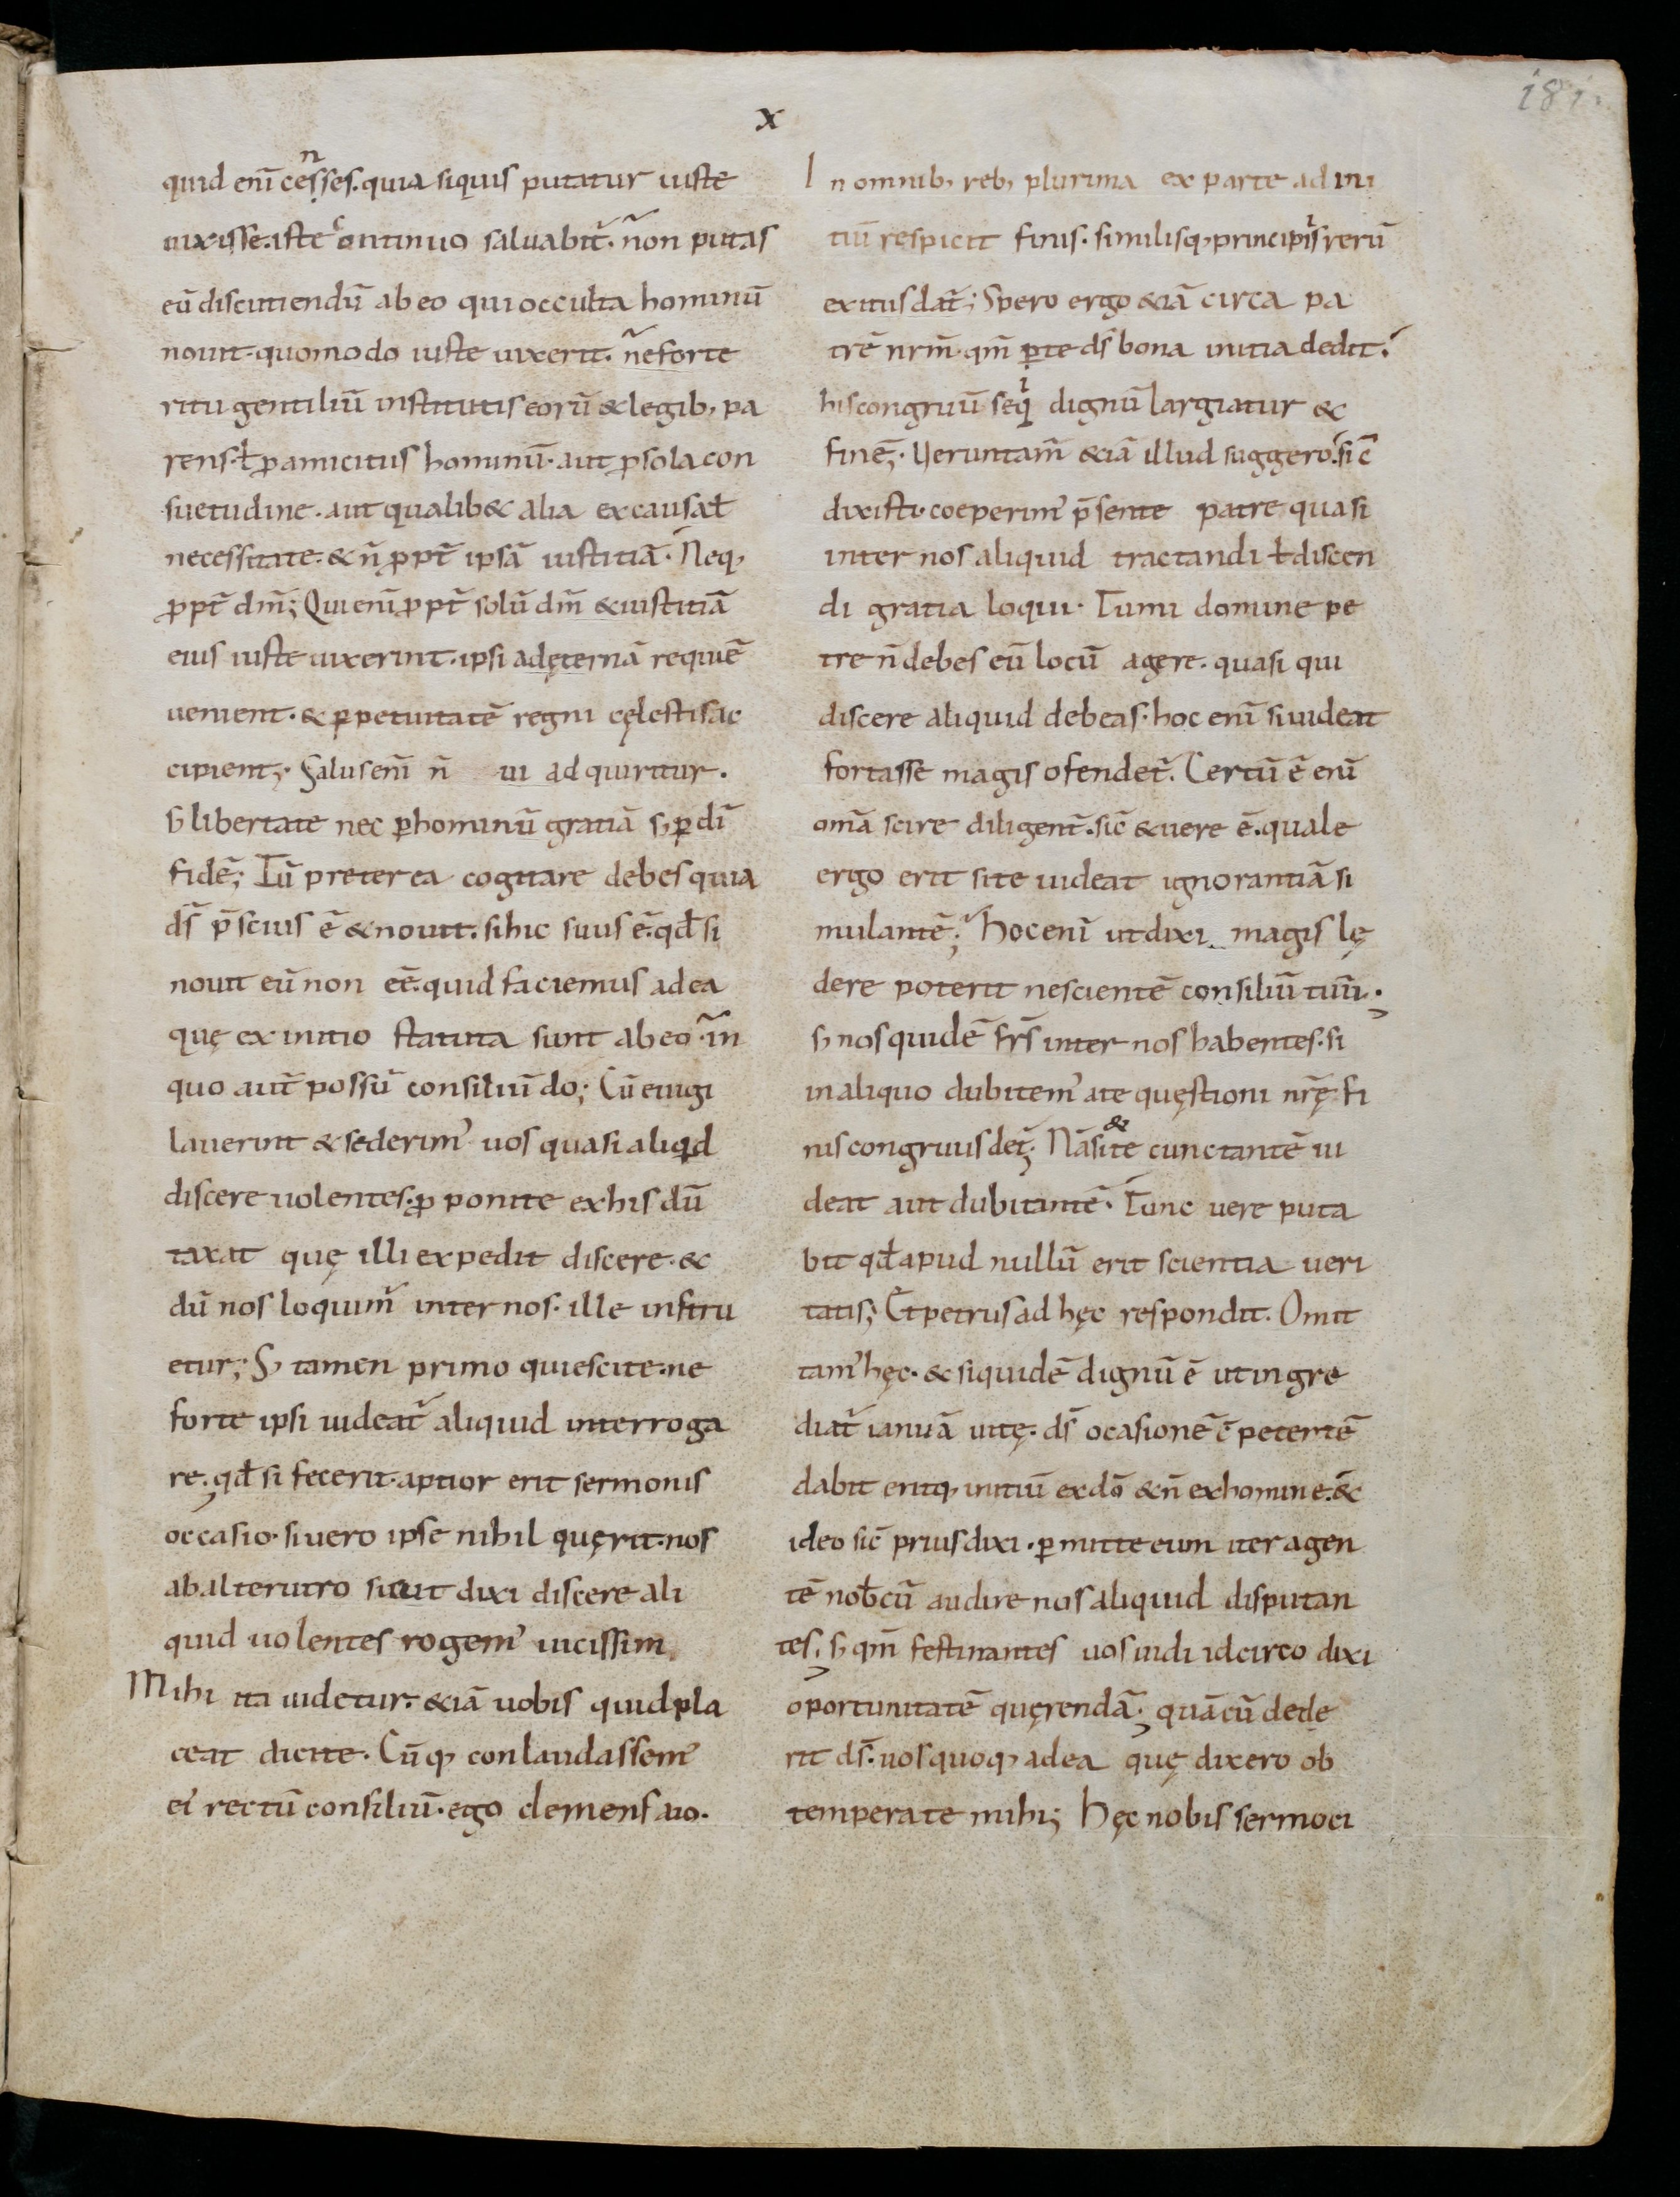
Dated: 800–899